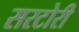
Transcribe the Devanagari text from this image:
सरटोरी